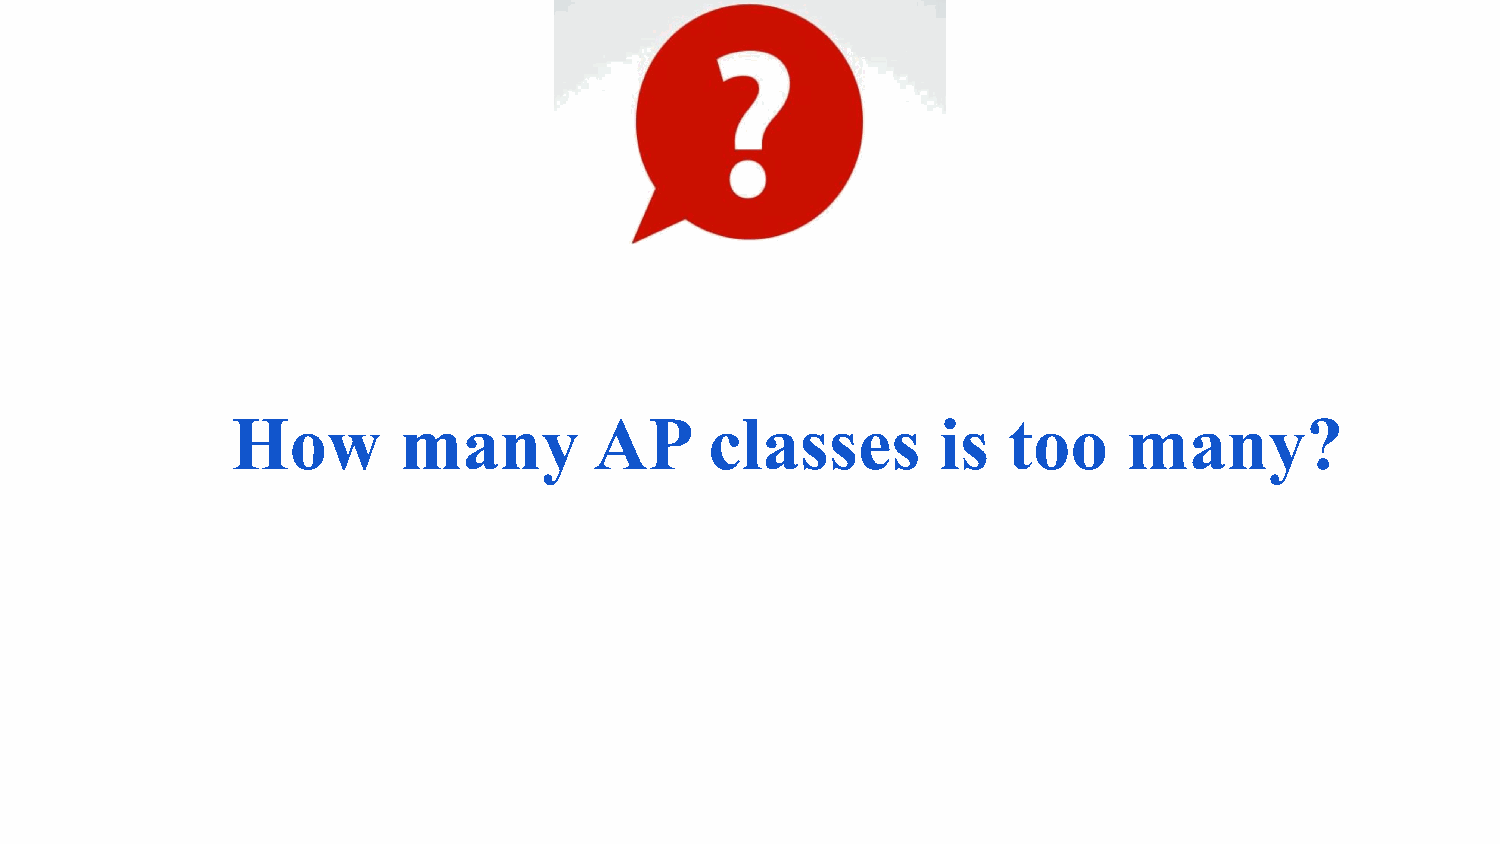
How        many         AP      classes        is   too     many?